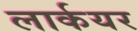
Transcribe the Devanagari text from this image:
लार्कयर